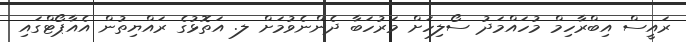
ރައީސް އިބްރާހިމް މުހައްމަދު ސޯލިހަށް މަރުހަބާ ދެންނެވުމަށް ލ. އަތޮޅުގެ ރައްޔިތުން އެއާޕޯޓްގައި